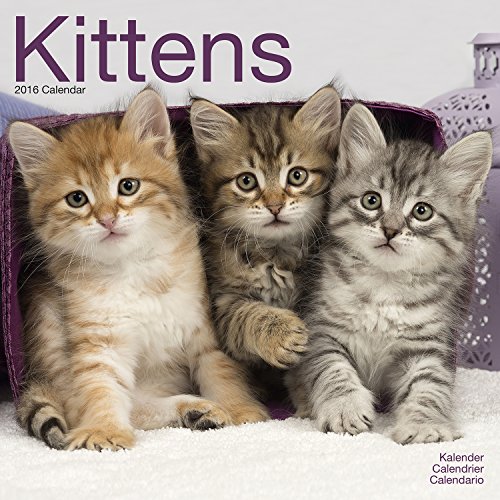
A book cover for Kittens Calendar - 2016 Wall calendars - Animal Calendar - Monthly Wall Calendar by Avonside Studio; MegaCalendars; Calendars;